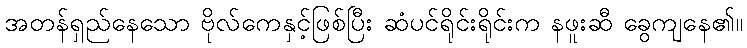
အတန်ရှည်နေသော ဗိုလ်ကေနှင့်ဖြစ်ပြီး ဆံပင်ရိုင်းရိုင်းက နဖူးဆီ ခွေကျနေ၏။